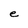
Character: e